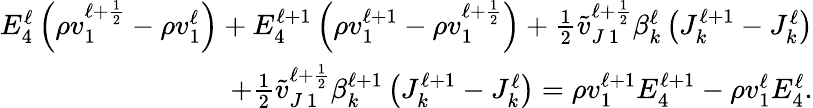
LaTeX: \begin{array}{r}{E_{4}^{\ell}\left(\rho v_{1}^{\ell+\frac{1}{2}}-\rho v_{1}^{\ell}\right)+E_{4}^{\ell+1}\left(\rho v_{1}^{\ell+1}-\rho v_{1}^{\ell+\frac{1}{2}}\right)+\frac{1}{2}\tilde{v}_{J\, 1}^{\ell+\frac{1}{2}}\beta_{k}^{\ell}\left(J_{k}^{\ell+1}-J_{k}^{\ell}\right)}\\ {+\frac{1}{2}\tilde{v}_{J\, 1}^{\ell+\frac{1}{2}}\beta_{k}^{\ell+1}\left(J_{k}^{\ell+1}-J_{k}^{\ell}\right)=\rho v_{1}^{\ell+1}E_{4}^{\ell+1}-\rho v_{1}^{\ell}E_{4}^{\ell}.}\end{array}